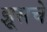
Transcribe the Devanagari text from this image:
झूसचे